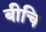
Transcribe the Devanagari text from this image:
बीचि